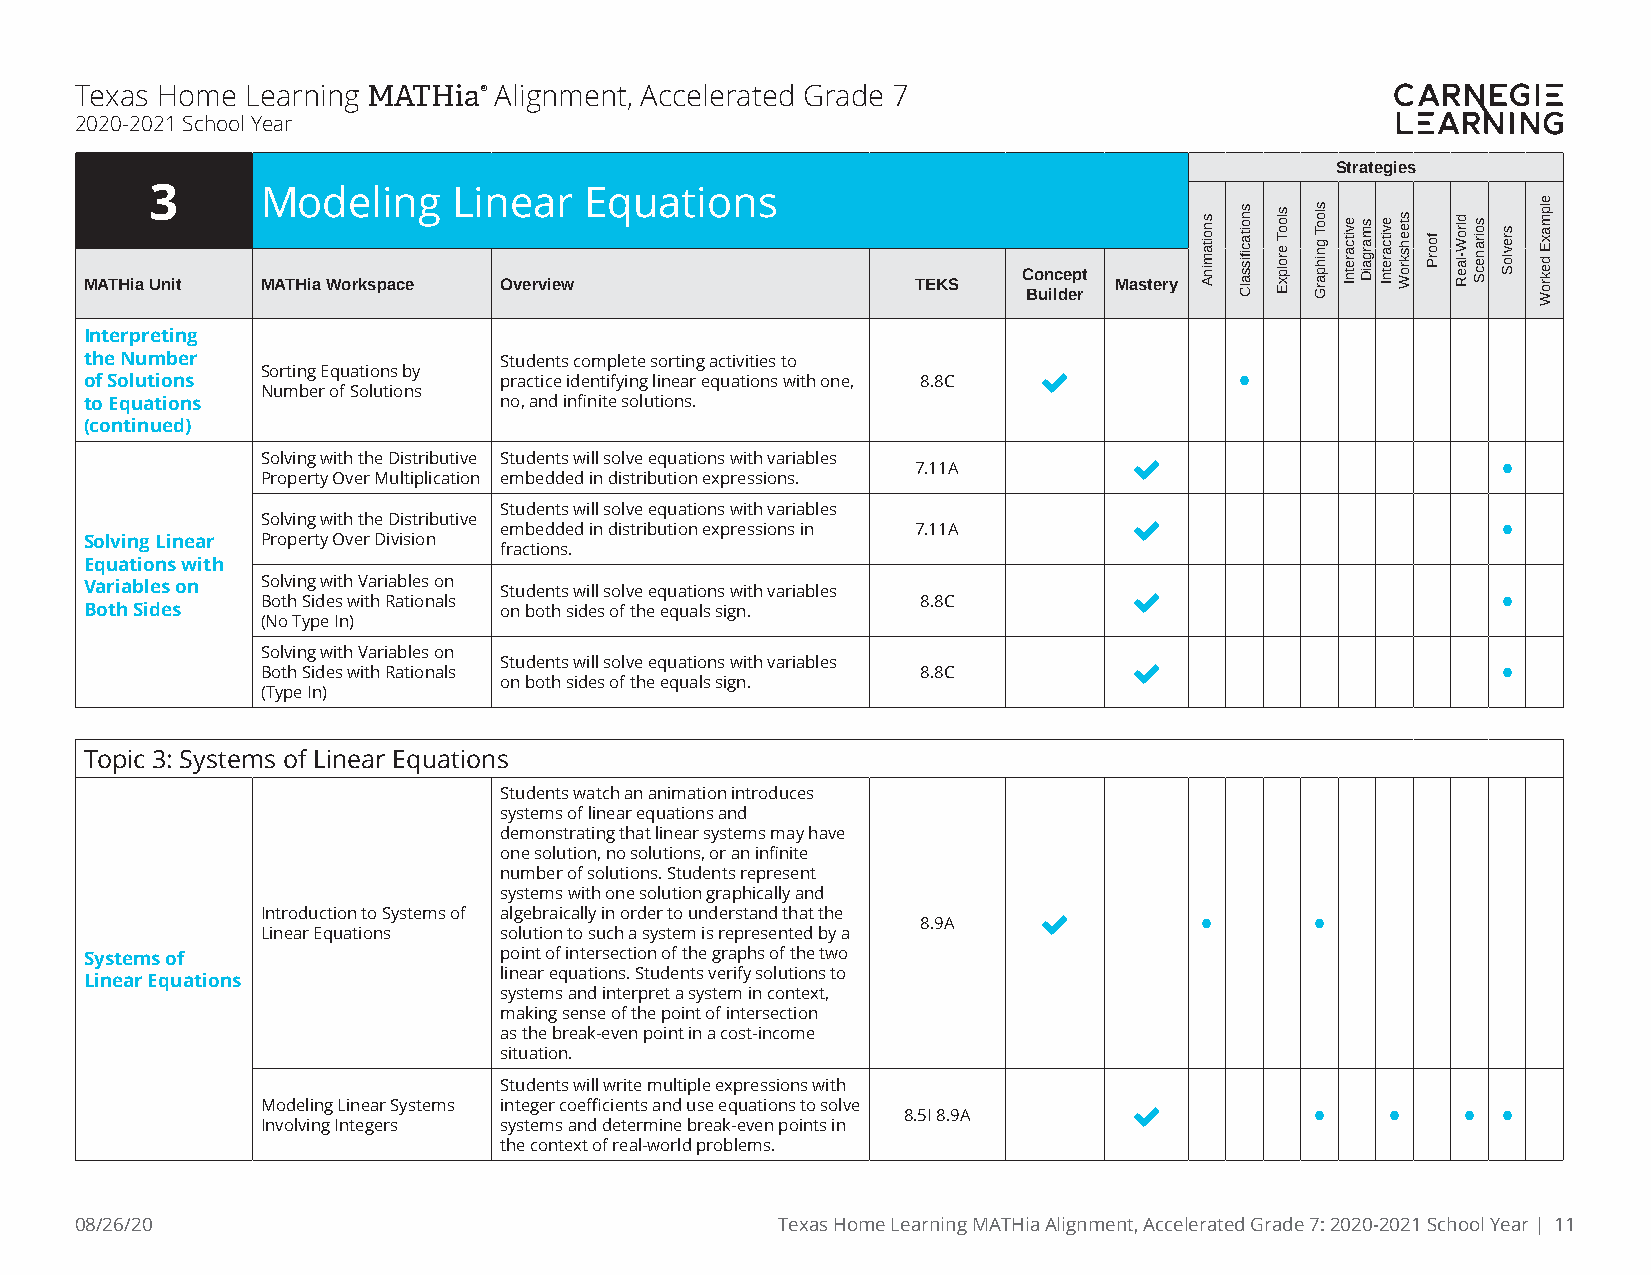
Texas Home Learning MATHia® Alignment, Accelerated Grade 7
 2020-2021 School Year
 Strategies
 3      Modeling     Linear   Equations
 Concept
 MATHia Unit MATHia Workspace Overview                  TEKS         Mastery
 Builder
 Interpreting
 the Number                 Students complete sorting activities to
 of Solutions Sorting Equations by practice identifying linear equations with one, 8.8C  •
 Number of Solutions
 to Equations               no, and infinite solutions.
 (continued)
 Solving with the Distributive Students will solve equations with variables 7.11A  •
 Property Over Multiplication embedded in distribution expressions.
 Students will solve equations with variables
 Solving with the Distributive embedded in distribution expressions in 7.11A      •
 Solving Linear Property Over Division
 fractions.
 Equations with
 Variables on S Bo ol tv hin Sg id w ei st h w V ita hr i Ra ab tl ie os n o an ls Students will solve equations with variables 8.8C  •
 Both Sides                 on both sides of the equals sign.
 (No Type In)
 Solving with Variables on
 Both Sides with Rationals Students will solve equations with variables 8.8C      •
 on both sides of the equals sign.
 (Type In)
 Topic 3: Systems of Linear Equations
 Students watch an animation introduces
 systems of linear equations and
 demonstrating that linear systems may have
 one solution, no solutions, or an infinite
 number of solutions. Students represent
 systems with one solution graphically and
 Introduction to Systems of algebraically in order to understand that the 8.9A  • •
 Linear Equations solution to such a system is represented by a
 Systems of                 point of intersection of the graphs of the two
 linear equations. Students verify solutions to
 Linear Equations
 systems and interpret a system in context,
 making sense of the point of intersection
 as the break-even point in a cost-income
 situation.
 Students will write multiple expressions with
 Modeling Linear Systems integer coefficients and use equations to solve 8.5I 8.9A  • • • •
 Involving Integers systems and determine break-even points in
 the context of real-world problems.
 08/26/20                                      Texas Home Learning MATHia Alignment, Accelerated Grade 7: 2020-2021 School Year | 11
 snoitaminA snoitacfiissalC slooT
 erolpxE
 slooT
 gnihparG
 evitcaretnI smargaiD evitcaretnI steehskroW
 foorP
 dlroW-laeR soiranecS
 srevloS
 elpmaxE
 dekroW